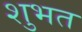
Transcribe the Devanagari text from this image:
शुभत